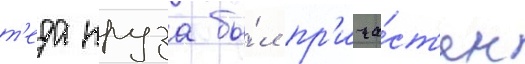
т'еда круза бы́л пр'ича́ст'ен